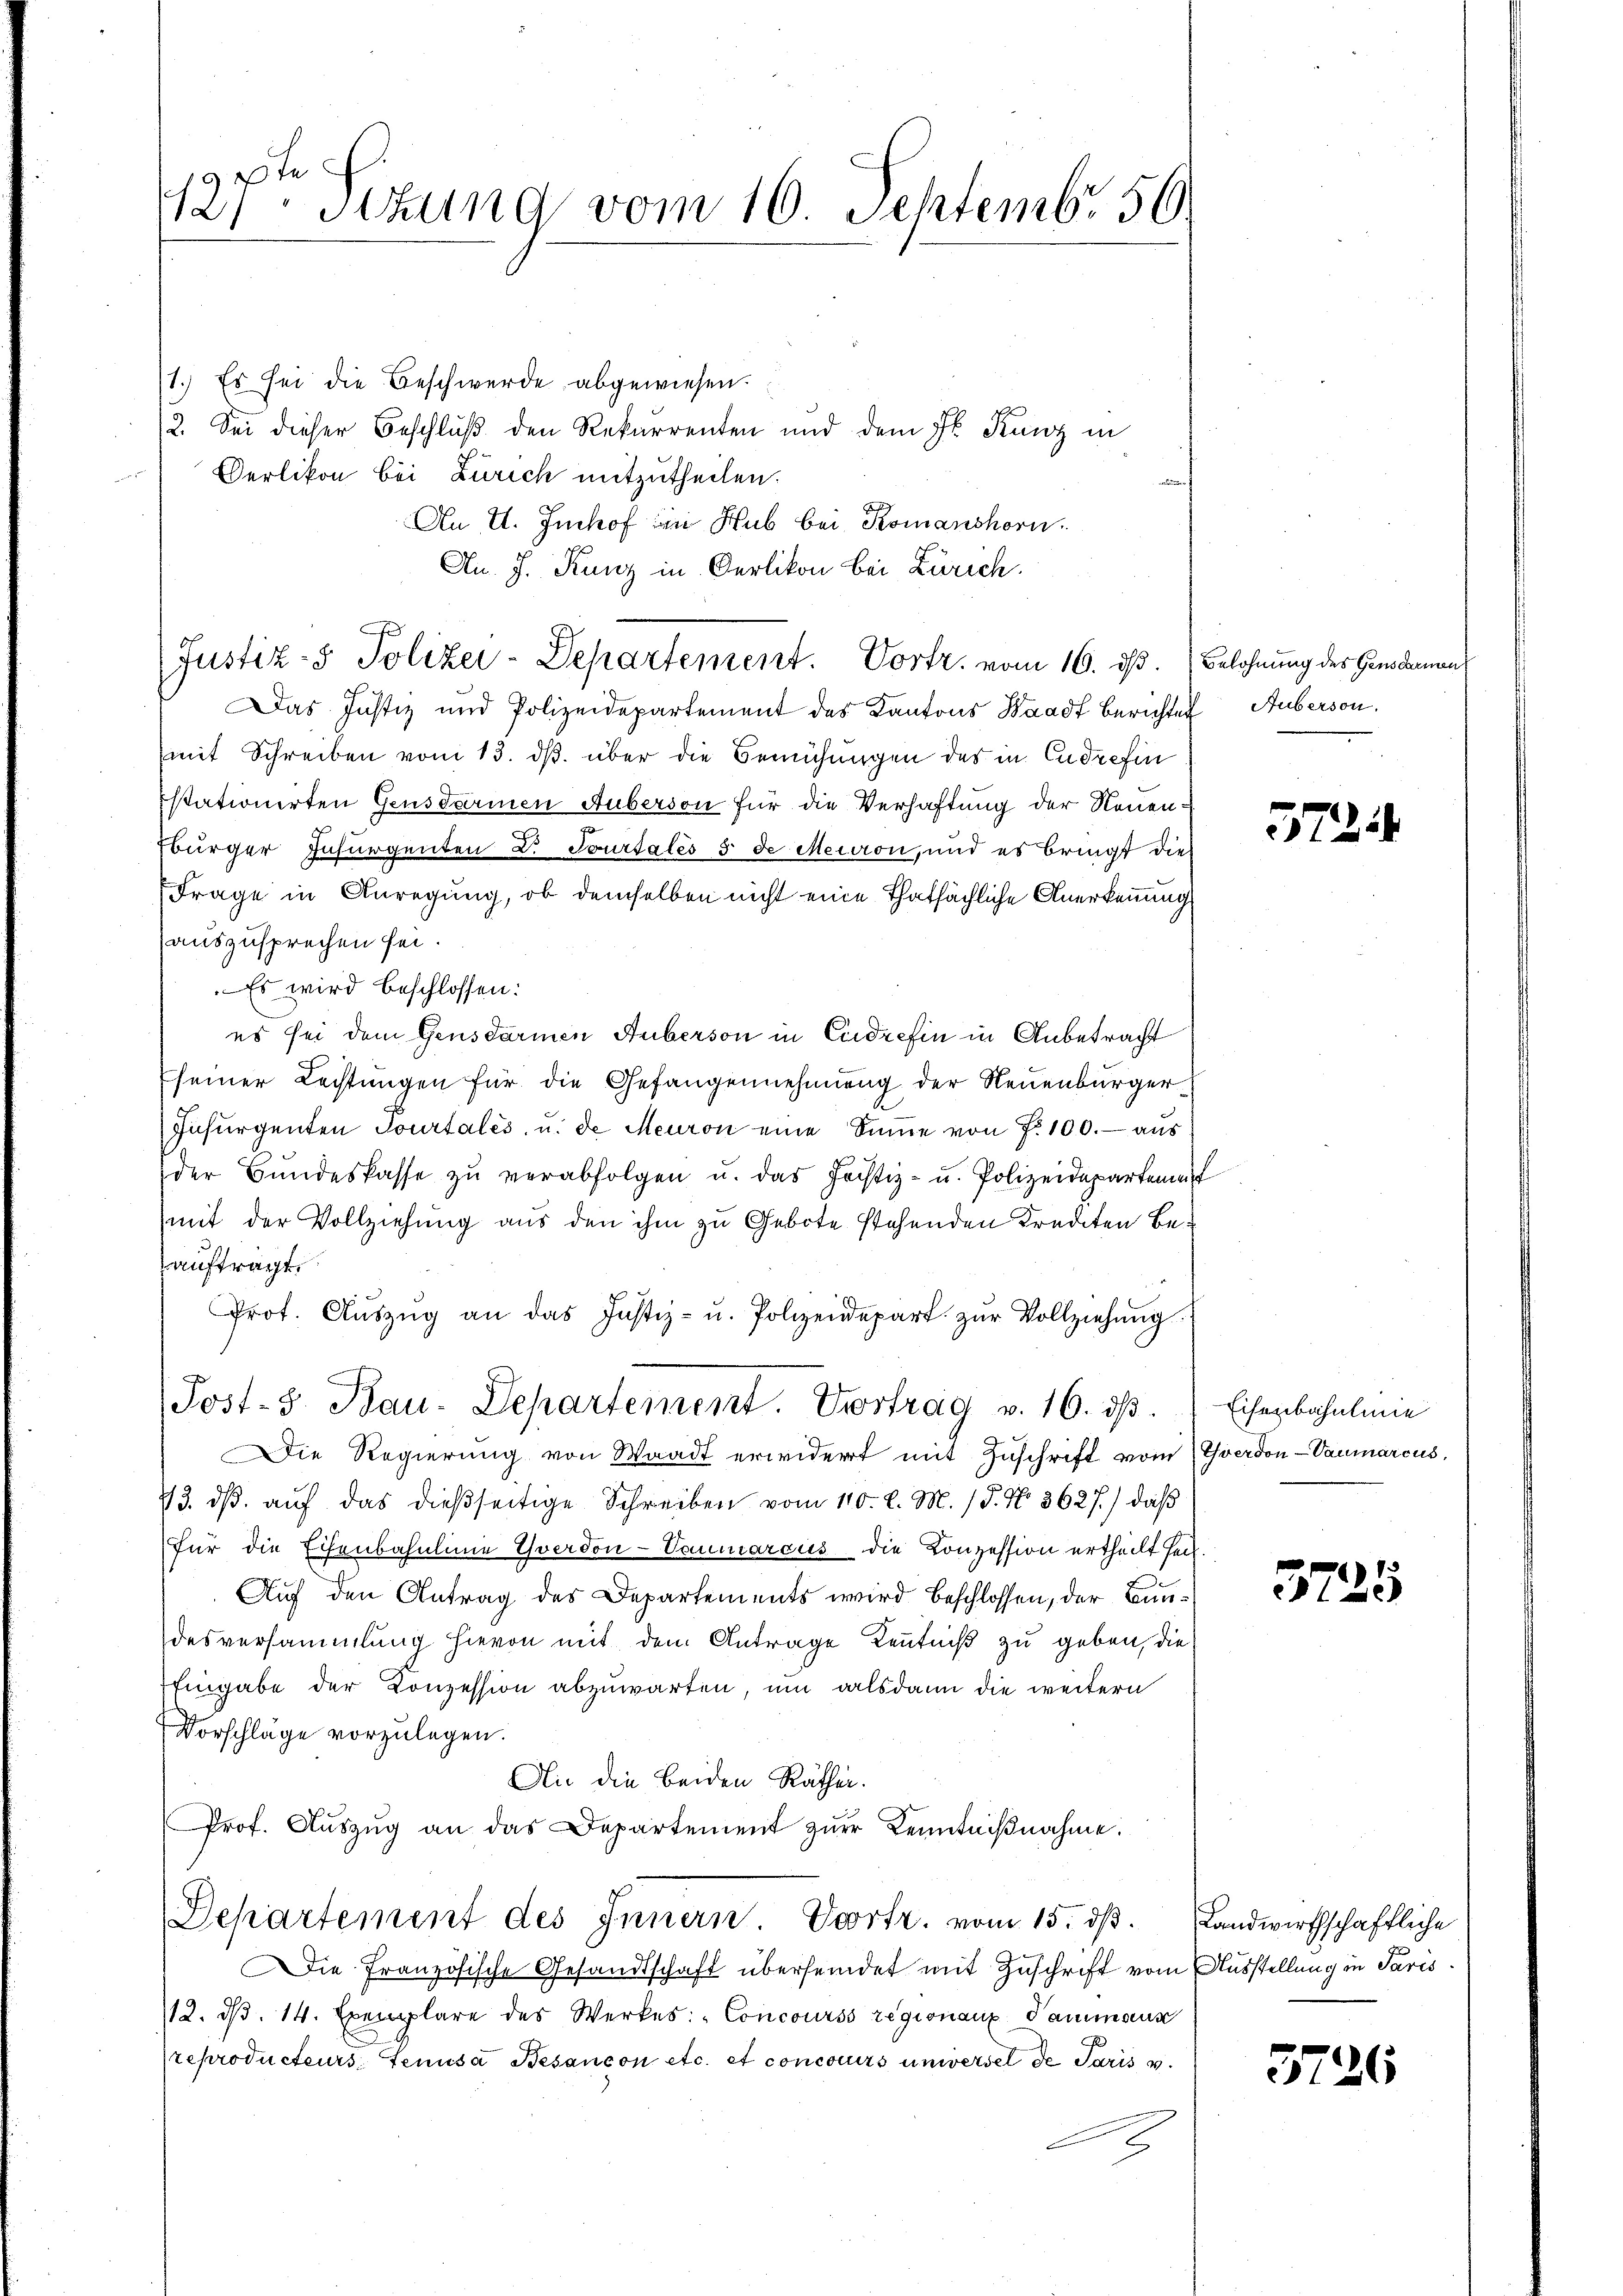
te
12, Sitzung vom 10. Septembr. 56

1.) Es sei die Beschwerde abgewiesen.
2. Sei dieser Beschluß den Rekurrenten und dem Fr. Kunz in
Oerlikon bei Zürich mitzutheilen.
An U. Imhof in Hub bei Komanshorn.
An. J. Kunz in Oerlikon bei Zürich.
Justiz- & Polizei-Departement. Vortr. vom 16. ds. Belohnung des Gensdarmen
Das Justiz und Polizeidepartement des Kantons Waadt Berichten Huberson.
mit Schreiben vom 13. ds. über die Bemühungen des in Endrefin
stationirten Gensdarmen Huberson für die Verhaftung der Neuen¬
Ebürger Insurgenten L. Tourtales 5 de Meuron, und es bringt dies
Frage in Anregung, ob demselben nicht eine Thatsächliche Anerkennung.
auszusprechen sei.
Es wird beschlossen:
es sei dem Gensdarmen Huberson in Credicfin in Anbetracht
seiner Rechtungen für die Gefangennehmung der Neuenburger¬
Insurgenten Tourtales, u. de Meuron eine Sŭṁe von f. 100.- aus
der Bŭndeskasse zŭ verabfolgen u. das Justiz- u. Polizeideparteme
mit der Vollziehung aus den ihm zu Gebote stehenden Krediten Beauftragt.
Prot. Aŭszŭg an das Justiz- u. Polizeidepart zŭr Vollziehŭng
Post-3 Bau-Departement. Vortrag v. 16. ds.
Die Regierung von Waadt erwidert mit Zuschrift vom Yverdon-Vaumarcus,
13. dβ. auf das dießseitige Schreiben vom 110. l. M. (§. No. 3627.) daß
für die Eisenbahnlinie Yverdon-Commarcus die Konzession ertheilt sei.
Auf den Antrag des Departements wird beschlossen, der Bundesversammlung hievon mit dem Antrage Kenntniß zu geben, die
Eingabe der Conzession abzuwarten, um alsdann die weitern
Vorschläge vorzulegen.
Ai die beiden Räthen.
Prof. Aŭszŭg an das Departement zŭr Kenntniβnahme.
Departement des Innern Vortr. vom 15. dβ. Landwirthschaftliche
ie Französische Gesandtschaft übersendet mit Zuschrift vom Ausstellung in Paris
/12. d. 14. Exemplare des Werkes: „Concourss regionanz Pammann
reproducteurs, Genusa Besançon etc. et concorers unweisel de Paris v.
2

57.

Eisenbahnlinie

357.

5

3226